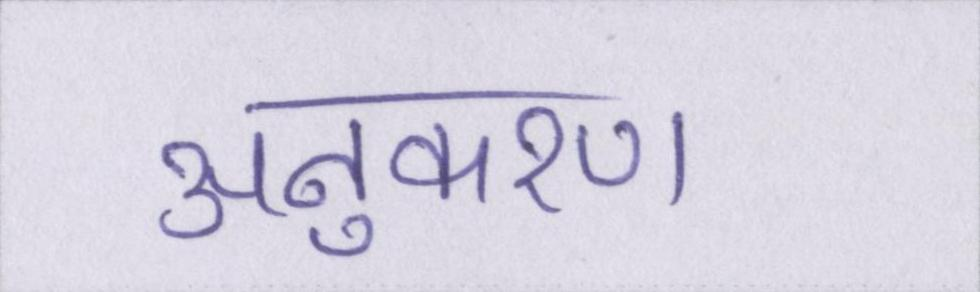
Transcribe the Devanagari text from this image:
अनुकरण